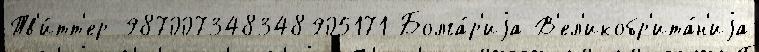
Тв'и́тт'ер 987007348348905171 Болга́р'иjа В'ел'икобр'ита́н'иjа